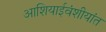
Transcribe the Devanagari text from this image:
आशियाईवंशीयांत